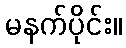
မနက်ပိုင်း။